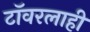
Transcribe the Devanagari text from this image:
टॉवरलाही